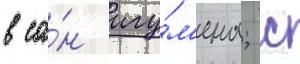
в са́н игу́м'ена; с